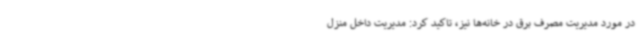
در مورد مدیریت مصرف برق در خانه‌ها نیز، تاکید کرد: مدیریت داخل منزل